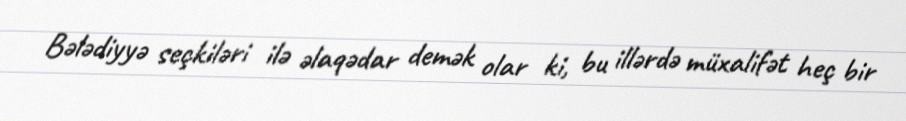
Bələdiyyə seçkiləri ilə əlaqədar demək olar ki, bu illərdə müxalifət heç bir